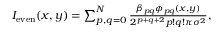
\begin{array} { r } { I _ { \mathrm { e v e n } } ( x , y ) = \sum _ { p , q = 0 } ^ { N } \frac { \beta _ { p q } \phi _ { p q } ( x , y ) } { 2 ^ { p + q + 2 } p ! q ! \pi \sigma ^ { 2 } } , } \end{array}